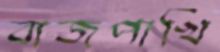
বাজপাখি